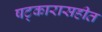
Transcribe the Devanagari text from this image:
षट्कारासहीत